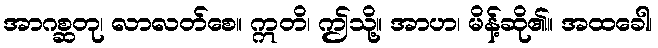
အာဂစ္ဆတု၊ လာလတ်စေ။ ဣတိ၊ ဤသို့။ အာဟ၊ မိန့်ဆို၏။ အထခေါ၊